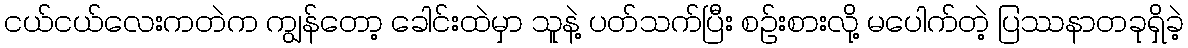
ငယ်ငယ်လေးကတဲက ကျွန်တော့ ခေါင်းထဲမှာ သူနဲ့ ပတ်သက်ပြီး စဉ်းစားလို့ မပေါက်တဲ့ ပြဿနာတခုရှိခဲ့